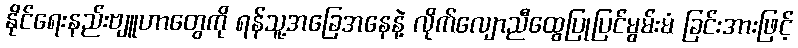
နိုင်ရေးနည်းဗျူဟာတွေကို ရန်သူ့အခြေအနေနဲ့ လိုက်လျောညီထွေပြုပြင်မွမ်းမံ ခြင်းအားဖြင့်